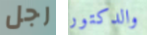
رجل والدكتور